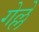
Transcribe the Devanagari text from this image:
गेल्लें